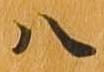
八